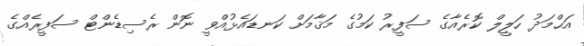
އަޙްމަދު ހަލީލް ކޮރެއާގެ ސަފީރު ކަމުގެ މަޤާމަށް ކަނޑައެޅުއްވީ ނޮން ރެސިޑެންޓް ސަފީރެއްގެ